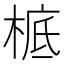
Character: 㭽